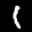
Label: 1